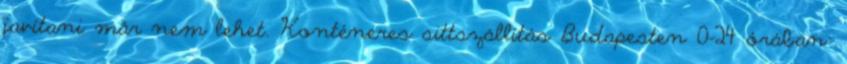
javítani már nem lehet. Konténeres sittszállítás Budapesten 0-24 órában: